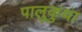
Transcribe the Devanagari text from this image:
पालुकुथा